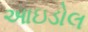
આઇડોલ